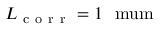
L _ { \mathrm { ~ c ~ o ~ r ~ r ~ } } = 1 ~ \mathrm { \ m u m }